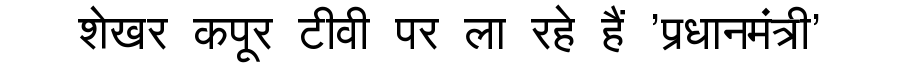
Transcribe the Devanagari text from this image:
शेखर कपूर टीवी पर ला रहे हैं 'प्रधानमंत्री'